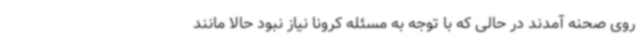
روی صحنه آمدند در حالی که با توجه به مسئله کرونا نیاز نبود حالا مانند